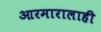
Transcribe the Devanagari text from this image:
आरमारालाही